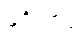
မင်္ဂလာဒုံ